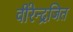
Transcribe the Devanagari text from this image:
वीरेन्द्रजित